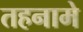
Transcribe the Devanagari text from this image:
तहनामे